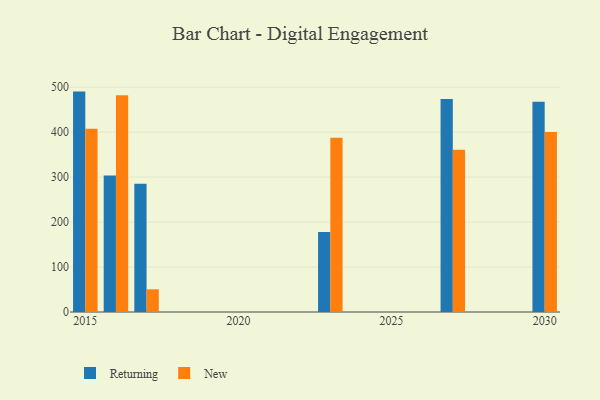
{"axis": {"x": "Year", "y": "Headcount"}, "legend": ["New", "Returning"], "data": [{"x": "2030", "y": 467.6, "type": "Returning"}, {"x": "2030", "y": 400.3, "type": "New"}, {"x": "2023", "y": 177.8, "type": "Returning"}, {"x": "2023", "y": 387.3, "type": "New"}, {"x": "2015", "y": 490.2, "type": "Returning"}, {"x": "2015", "y": 407.8, "type": "New"}, {"x": "2027", "y": 473.7, "type": "Returning"}, {"x": "2027", "y": 360.7, "type": "New"}, {"x": "2017", "y": 285.1, "type": "Returning"}, {"x": "2017", "y": 50.5, "type": "New"}, {"x": "2016", "y": 303.4, "type": "Returning"}, {"x": "2016", "y": 482.0, "type": "New"}]}